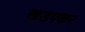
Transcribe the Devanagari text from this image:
खडपकर